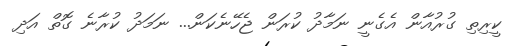
ކީރިތި ގުރުއާން އެގެނީ ނަމާދު ކުރަން ޖެހޭނެކަން... ނަމަދު ކުރާނެ ގޮތް އަދި